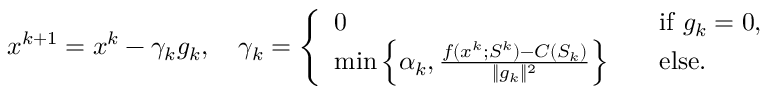
\begin{array} { r } { x ^ { k + 1 } = x ^ { k } - \gamma _ { k } g _ { k } , \quad \gamma _ { k } = \left\{ \begin{array} { l l } { 0 \quad } & { \mathrm { i f ~ } g _ { k } = 0 , } \\ { \operatorname* { m i n } \Big \{ \alpha _ { k } , \frac { f ( x ^ { k } ; S ^ { k } ) - C ( S _ { k } ) } { \| g _ { k } \| ^ { 2 } } \Big \} \quad } & { \mathrm { e l s e } . } \end{array} \right. } \end{array}